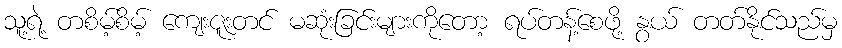
သူ့ရဲ့ တစိမ့်စိမ့် ကျေးဇူးတင် မဆုံးခြင်းများကိုတော့ ရပ်တန့်စေဖို့ နွယ် တတ်နိုင်သည်မှ